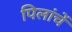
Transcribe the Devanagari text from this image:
पिलांचें